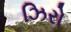
ઝિરો